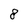
Character: 8